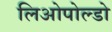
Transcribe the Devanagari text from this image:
लिओपोल्डो